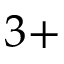
3 +